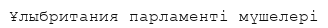
Ұлыбритания парламенті мүшелері